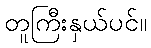
တူကြီးနှယ်ပင်။